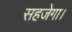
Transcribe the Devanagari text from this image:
सहजेगा।